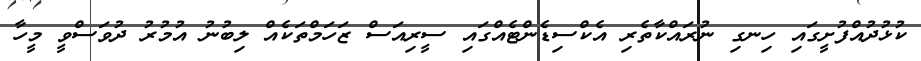
ކުޅުދުއްފުށީގައި ހިނގި ނުރައްކާތެރި އެކްސިޑެންޓެއްގައި ސީރިއަސް ޒަހަމްތަކެއް ލިބުނު އުމުރު ދުވަސްވީ މީހާ